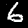
Digit: 6